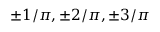
\pm 1 / \pi , \pm 2 / \pi , \pm 3 / \pi